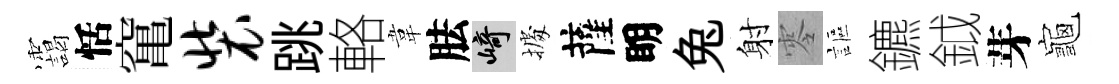
靄恬𥧄装跳輅韋胠崎𢴃薩眀兔射零謳鑣鉞芽龜